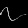
Digit: ၇